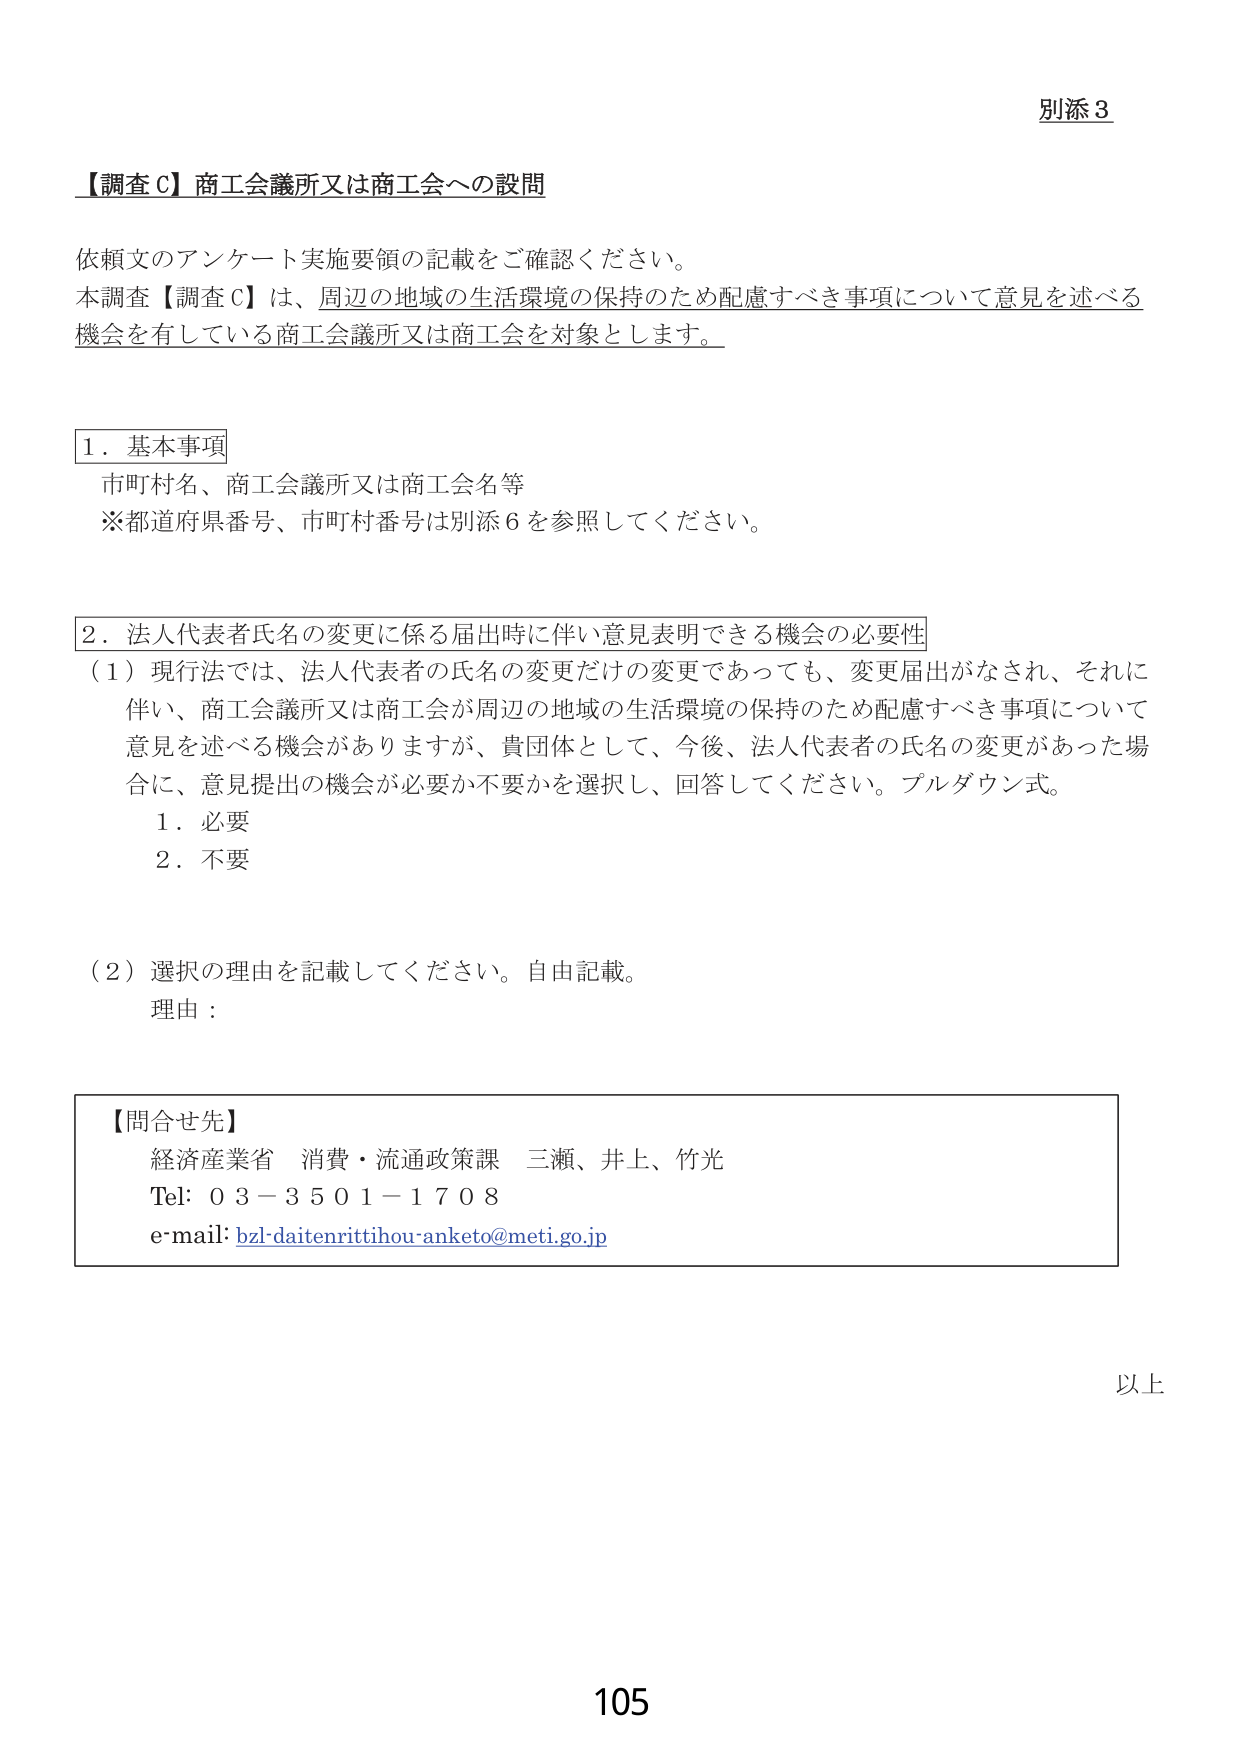
別添３

【調査Ｃ】商工会議所又は商工会への設問

依頼文のアンケート実施要領の記載をご確認ください。
本調査【調査Ｃ】は、周辺の地域の生活環境の保持のため配慮すべき事項について意見を述べる
機会を有している商工会議所又は商工会を対象とします。

１．基本事項
市町村名、商工会議所又は商工会名等
※都道府県番号、市町村番号は別添６を参照してください。

２．法人代表者氏名の変更に係る届出時に伴い意見表明できる機会の必要性
（１）現行法では、法人代表者の氏名の変更だけの変更であっても、変更届出がなされ、それに
伴い、商工会議所又は商工会が周辺の地域の生活環境の保持のため配慮すべき事項について
意見を述べる機会がありますが、貴団体として、今後、法人代表者の氏名の変更があった場
合に、意見提出の機会が必要か不要かを選択し、回答してください。プルダウン式。
　　１．必要
　　２．不要

（２）選択の理由を記載してください。自由記載。
　　理由：

【問合せ先】
経済産業省　消費・流通政策課　三瀬、井上、竹光
Tel: 03-3501-1708
e-mail: bzl-daitenrittihou-anketo@meti.go.jp

以上

105